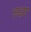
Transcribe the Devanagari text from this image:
लड़ाए